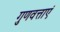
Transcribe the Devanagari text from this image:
गुणवत्ताएं